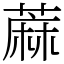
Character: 蔴